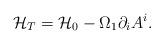
LaTeX: \begin{align*}{\cal H}_T={\cal H}_0-\Omega_{1}\partial_i A^{i}.\end{align*}